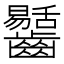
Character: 𪙶